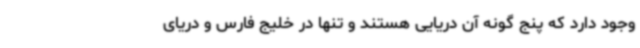
وجود دارد که پنج گونه آن دریایی هستند و تنها در خلیج فارس و دریای